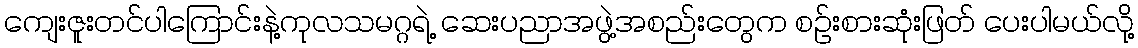
ကျေးဇူးတင်ပါကြောင်းနဲ့ကုလသမဂ္ဂရဲ့ ဆေးပညာအဖွဲ့အစည်းတွေက စဉ်းစားဆုံးဖြတ် ပေးပါမယ်လို့